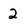
Character: 2